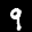
Label: 9